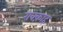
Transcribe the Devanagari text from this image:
राक्क़ाह